Report on the treatment of epidemic cholera: from information collected by the governments of Bengal, Madras, Bombay, N.W. Provinces, Punjab, Oudh, and Central India, by order of the Government of India
Disease focus: Cholera
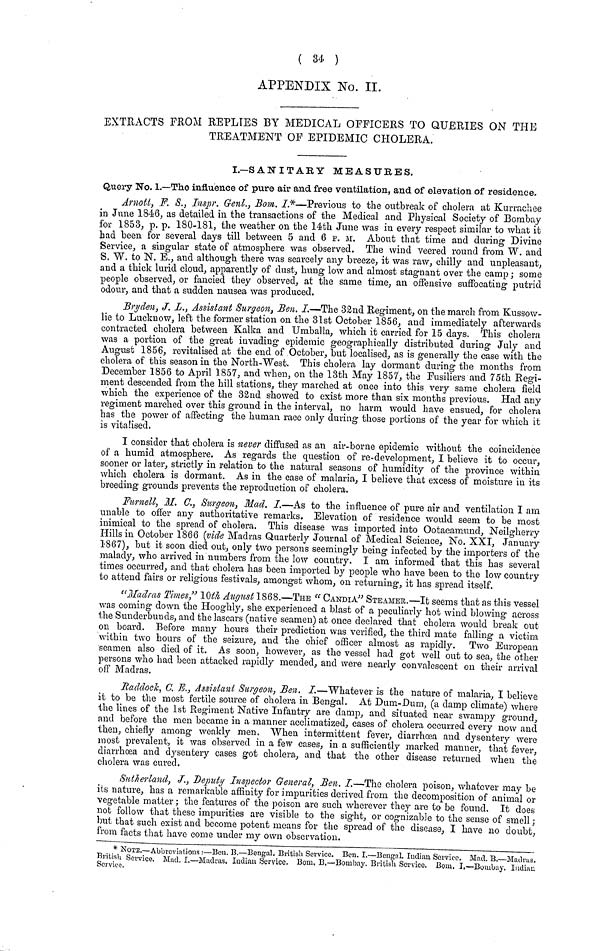
( 34 )
APPENDIX No. IL
EXTRACTS FROM REPLIES BY MEDICAL OFFICERS TO QUERIES ON THE
TREATMENT OF EPIDEMIC CHOLERA.
I.—SANITARY MEASURES.
Query No. 1.—The influence of pure air and free ventilation, and of elevation of residence.
Arnott, F. S., Inspr. Genl., Bom. I.*—Previous to the outbreak of cholera at Kurrachee
in June 1846, as detailed in the transactions of the Medical and Physical Society of Bombay
for 1853, p. p. 180-181, the weather on the 14th June was in every respect similar to what it
had been for several days till between 5 and 6 P. M. About that time and during Divine
Service, a singular state of atmosphere was observed. The wind veered round from W. and
S. W. to N. E., and although there was scarcely any breeze, it was raw, chilly and unpleasant,
and a thick lurid cloud, apparently of dust, hung low and almost stagnant over the camp; some
people observed, or fancied they observed, at the same time, an offensive suffocating putrid
odour, and that a sudden nausea was produced.
Bryden, J. L., Assistant Surgeon, Ben. I.—The 32nd Regiment, on the march from Kussow-
lie to Luckuow, left the former station on the 31st October 1856, and immediately afterwards
contracted cholera between Kalka and Umballa, which it carried for 15 days. This cholera
was a portion of the great invading epidemic geographically distributed during July and
August 1856, revitalised at the end of October, but localised, as is generally the case with the
cholera of this season in the North-West. This cholera lay dormant during the months from
December 1856 to April 1857, and when, on the 13th May 1857, the Fusiliers and 75th Regi-
ment descended from the hill stations, they marched at once into this very same cholera field
which the experience of the 32nd showed to exist more than six months previous. Had any
regiment marched over this ground in the interval, no harm would have ensued, for cholera
has the power of affecting the human race only during those portions of the year for which it
is vitalised.
I consider that cholera is never diffused as an air-borne epidemic without the coincidence
of a humid atmosphere. As regards the question of re-development, I believe it to occur,
sooner or later, strictly in relation to the natural seasons of humidity of the province within
which cholera is dormant. As in the case of malaria, I believe that excess of moisture in its
breeding grounds prevents the reproduction of cholera.
Furnell, M. C., Surgeon, Mad. I.—As to the influence of pure air and ventilation I am
unable to offer any authoritative remarks. Elevation of residence would seem to be most
inimical to the spread of cholera. This disease was imported into Ootacamund, Neilgherry
Hills in October 1866 (vide Madras Quarterly Journal of Medical Science, No. XXI, January
1867), but it soon died out, only two persons seemingly being infected by the importers of the
malady, who arrived in numbers from the low country. I am informed that this has several
times occurred, and that cholera has been imported by people who have been to the low country
to attend fairs or religious festivals, amongst whom, on returning, it has spread itself.
"Madras Times" 10th August 1868.—THE "CANDIA" STEAMER.—It seems that as this vessel
was coming down the Hooghly, she experienced a blast of a peculiarly hot wind blowing across
the Sunderbunds, and the lascars (native seamen) at once declared that cholera would break out
on board. Before many hours their prediction was verified, the third mate falling a victim
within two hours of the seizure, and the chief officer almost as rapidly. Two European
seamen also died of it. As soon, however, as the vessel had got well out to sea, the other
persons who had been attacked rapidly mended, and were nearly convalescent on their arrival
off Madras.
Raddock, C. E., Assistant Surgeon, Ben. I.—Whatever is the nature of malaria, I believe
it to be the most fertile source of cholera in Bengal. At Dum-Dum, (a clamp climate) where
the lines of the 1st Regiment Native Infantry are damp, and situated near swampy ground,
and before the men became in a manner acclimatized, eases of cholera occurred every now and
then, chiefly among weakly men. When intermittent fever, diarrhœa and dysentery were
most prevalent, it was observed in a few cases, in a sufficiently marked manner, that fever,
diarrhœa and dysentery cases got cholera, and that the other disease returned when the
cholera was cured.
Sutherland, J., Deputy Inspector General, Ben. I.—The cholera poison, whatever may be
its nature, has a remarkable affinity for impurities derived from the decomposition of animal or
vegetable matter ; the features of the poison are such wherever they are to be found. It does
not follow that these impurities are visible to the sight, or cognizable to the sense of smell;
but that such exist and become potent means for the spread of the disease, I have no doubt,
from facts that have come under my own observation.
* NOTE.—Abbreviations:—Ben. B.—Bengal. British Service. Ben. I.—Bengal. Indian Service. Mad. B.—Madras.
British Service. Mad. I.—Madras, Indian Service. Bom. B.—Bombay. British Service. Bom. I.—Bombay Indian
Service.